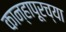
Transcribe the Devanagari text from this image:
कान्हापूरच्या